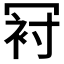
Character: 𠖌